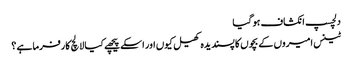
دلچسپ انکشاف ہو گیا
ٹینس امیروں کے بچوں کا پسندیدہ کھیل کیوں اور اسکے پیچھے کیا لالچ کارفرما ہے ؟